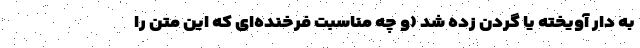
به دار آویخته یا گردن زده شد (و چه مناسبت فرخنده‌ای که این متن را